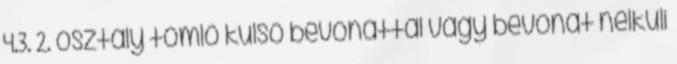
4.3. 2. osztály tömlõ külsõ bevonattal vagy bevonat nélküli